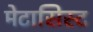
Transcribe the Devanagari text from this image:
मेटासिस्ट